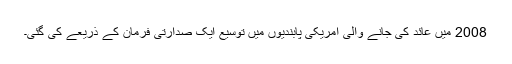
2008 میں عائد کی جانے والی امریکی پابندیوں میں توسیع ایک صدارتی فرمان کے ذریعے کی گئی۔